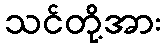
သင်တို့အား